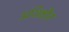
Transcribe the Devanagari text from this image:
अशिक्षीत